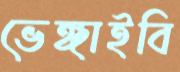
ভেঙ্গাইবি